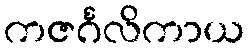
ကဇင်္ဂလိကာယ